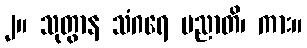
၂။ သုတွာန သံဂရေ ပညာတိ၊ ကား။